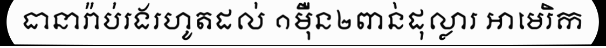
ធានារ៉ាប់រងរហូតដល់ ១ម៉ឺន២ពាន់ដុល្លារ អាមេរិក